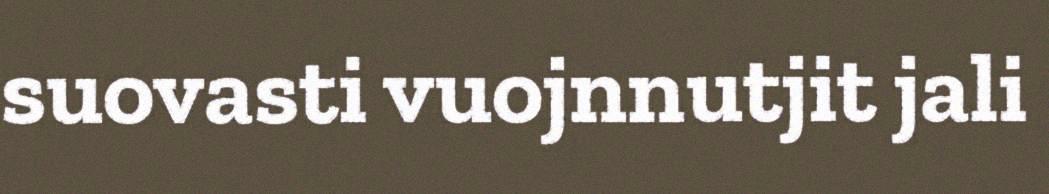
suovasti vuojnnutjit jali